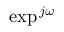
\exp ^ { \, j \omega }